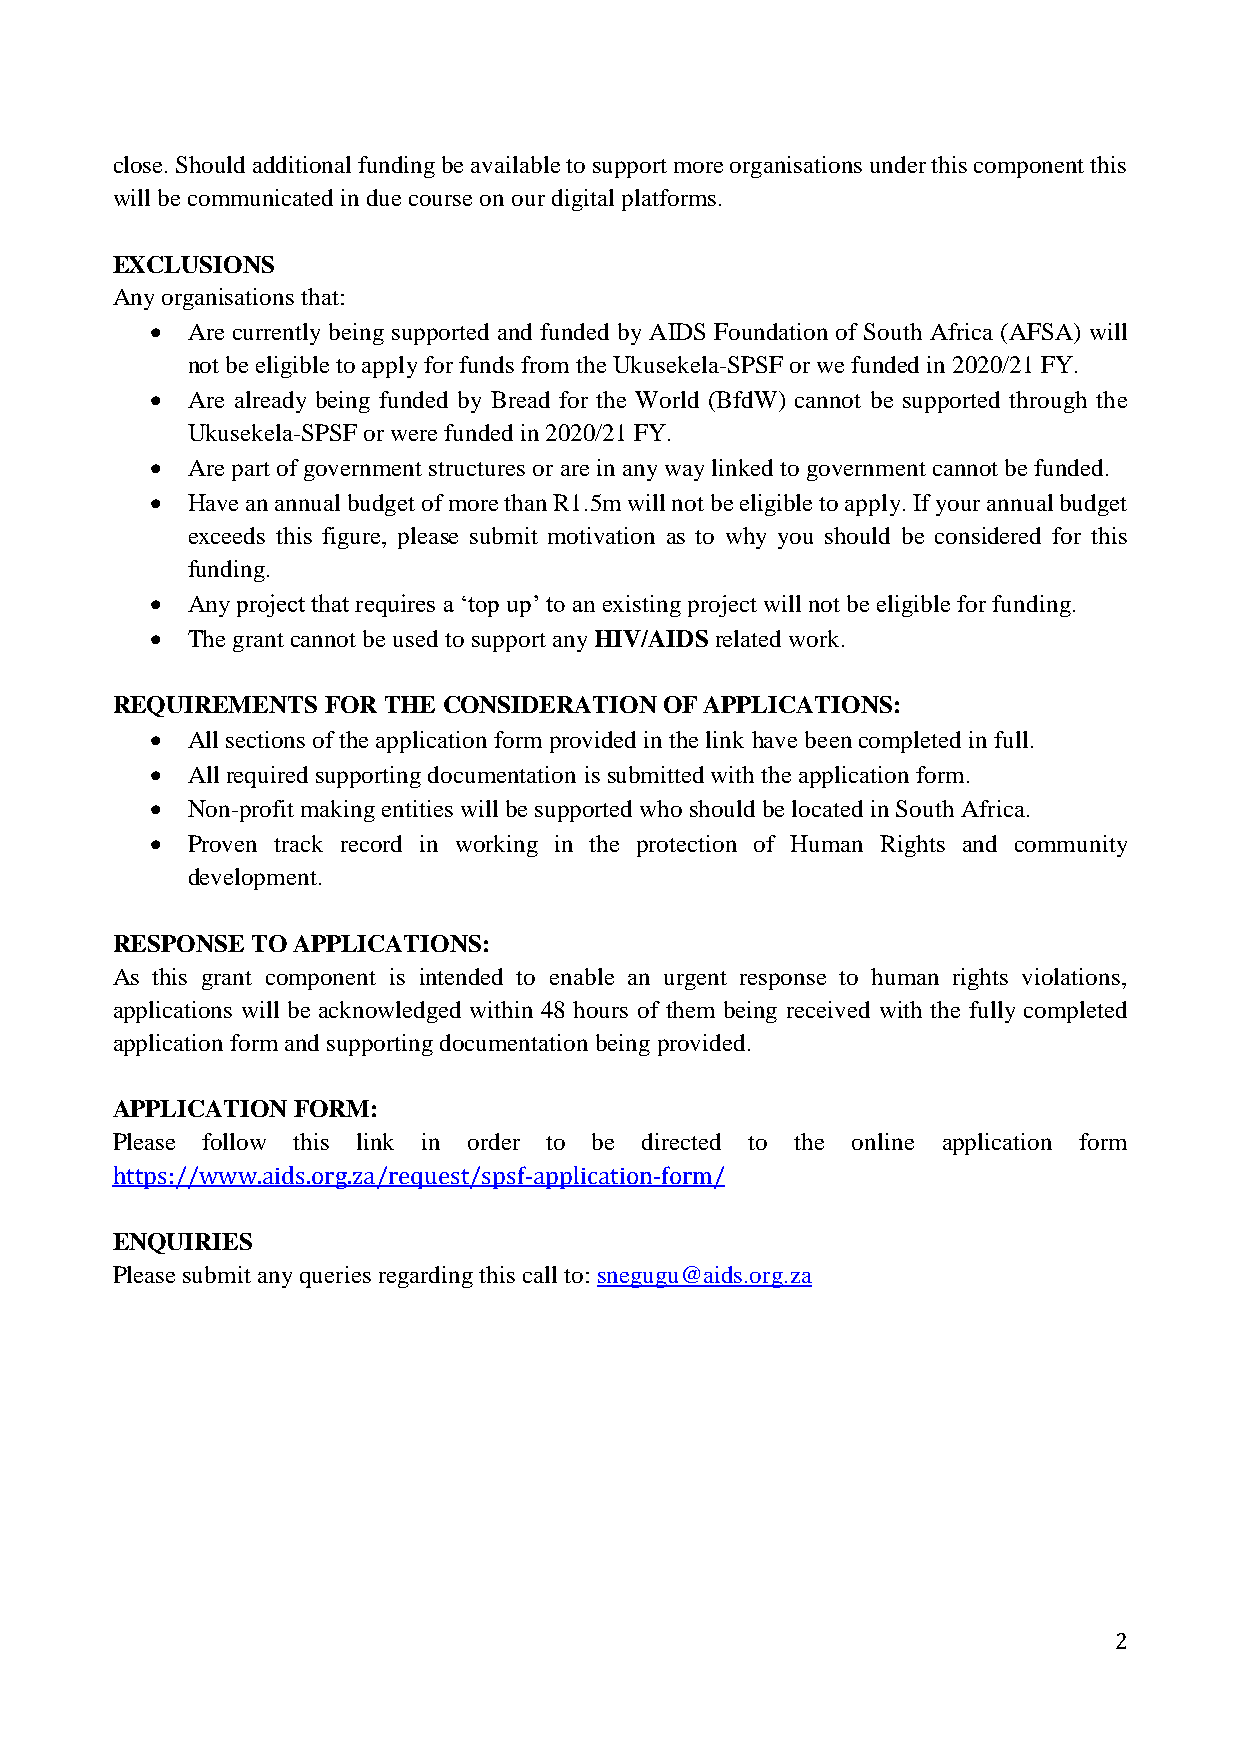
close. Should additional funding be available to support more organisations under this component this
 will be communicated in due course on our digital platforms.
 EXCLUSIONS
 Any organisations that:
  Are currently being supported and funded by AIDS Foundation of South Africa (AFSA) will
 not be eligible to apply for funds from the Ukusekela-SPSF or we funded in 2020/21 FY.
  Are already being funded by Bread for the World (BfdW) cannot be supported through the
 Ukusekela-SPSF or were funded in 2020/21 FY.
  Are part of government structures or are in any way linked to government cannot be funded.
  Have an annual budget of more than R1.5m will not be eligible to apply. If your annual budget
 exceeds this figure, please submit motivation as to why you should be considered for this
 funding.
  Any project that requires a ‘top up’ to an existing project will not be eligible for funding.
  The grant cannot be used to support any HIV/AIDS related work.
 REQUIREMENTS  FOR THE CONSIDERATION  OF APPLICATIONS:
  All sections of the application form provided in the link have been completed in full.
  All required supporting documentation is submitted with the application form.
  Non-profit making entities will be supported who should be located in South Africa.
  Proven track record in working in the protection of Human Rights and community
 development.
 RESPONSE  TO APPLICATIONS:
 As this grant component is intended to enable an urgent response to human rights violations,
 applications will be acknowledged within 48 hours of them being received with the fully completed
 application form and supporting documentation being provided.
 APPLICATION FORM:
 Please follow this link in order to be directed to the online application form
 https://www.aids.org.za/request/spsf-application-form/
 ENQUIRIES
 Please submit any queries regarding this call to: snegugu@aids.org.za
 2